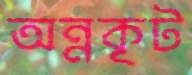
অন্নকূট